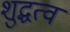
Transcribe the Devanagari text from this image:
शुद्धत्व